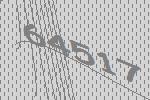
64517